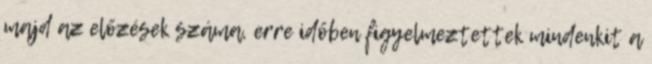
majd az előzések száma, erre időben figyelmeztettek mindenkit a